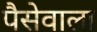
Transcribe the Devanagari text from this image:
पैसेवाला